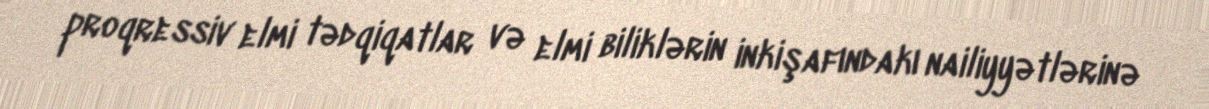
proqressiv elmi tədqiqatlar və elmi biliklərin inkişafındakı nailiyyətlərinə